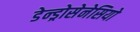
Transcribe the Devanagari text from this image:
डेन्ड्रोसेनेसियो